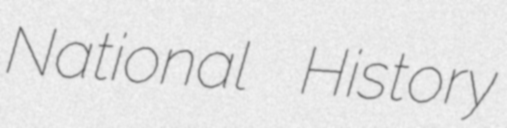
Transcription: National History